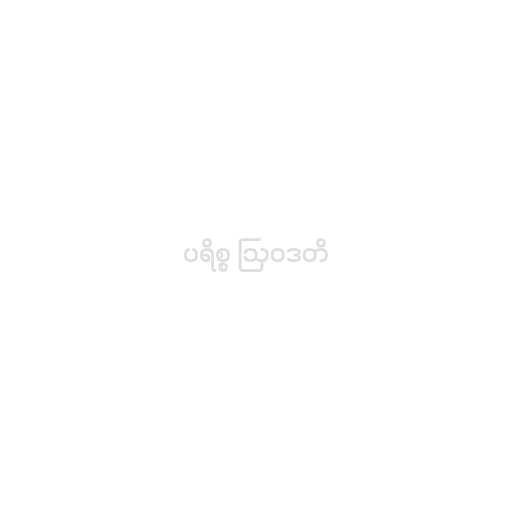
ပရိစ္စ ဩဝဒတိ